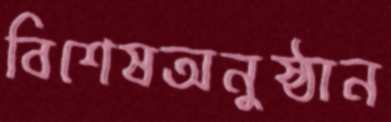
বিশেষঅনুষ্ঠান